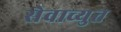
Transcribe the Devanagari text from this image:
सेवाच्युत